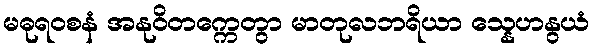
မဓုရဝစနံ အနုဝိတက္ကေတွာ မာတုလဘရိယာ သ္နေဟနွယံ